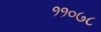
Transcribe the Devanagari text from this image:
११०७८